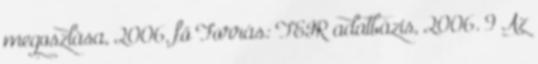
megoszlása, 2006, fő Forrás: TEIR adatbázis, 2006. 9 Az